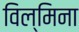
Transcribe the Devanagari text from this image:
विल्‍मिना